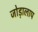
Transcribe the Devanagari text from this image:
जोड़ालाप